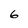
Character: 6